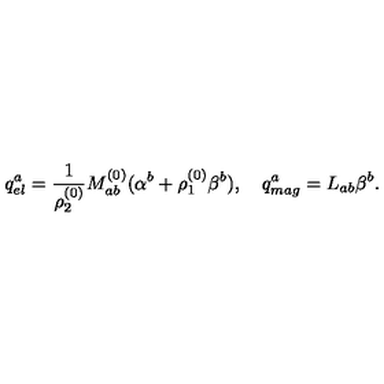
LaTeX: q _ { e l } ^ { a } = { \frac { 1 } { \rho _ { 2 } ^ { ( 0 ) } } } M _ { a b } ^ { ( 0 ) } ( \alpha ^ { b } + \rho _ { 1 } ^ { ( 0 ) } \beta ^ { b } ) , \quad q _ { m a g } ^ { a } = L _ { a b } \beta ^ { b } .